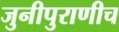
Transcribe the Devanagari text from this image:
जुनीपुराणीच